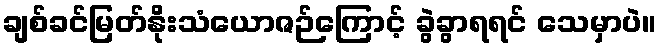
ချစ်ခင်မြတ်နိုးသံယောဇဉ်ကြောင့် ခွဲခွာရရင် သေမှာပဲ။